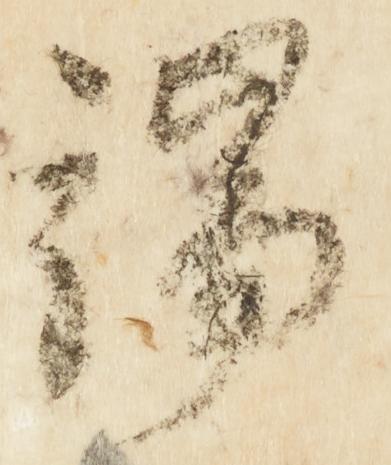
端